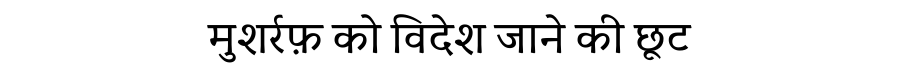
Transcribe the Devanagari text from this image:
मुशर्रफ़ को विदेश जाने की छूट